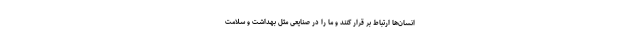
انسان‌ها ارتباط بر قرار کنند و ما را در صنایعی مثل بهداشت و سلامت